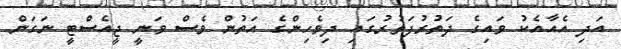
އަދި އެއާއެކު ވައިގެ ދަތުރުފަތުރުގައި ދިވެހިންގެ އަތުން ވެސް ވަނީ ޖީއެސްޓީ ނަގަން